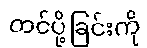
တင်ပို့ခြင်းကို